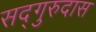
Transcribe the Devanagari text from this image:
सद्‌गुरुदास